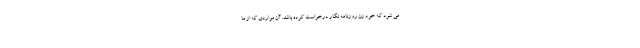
می شود که خود زن روزنامه نگار درخواست کرده باشد. آن مواردی که از ما